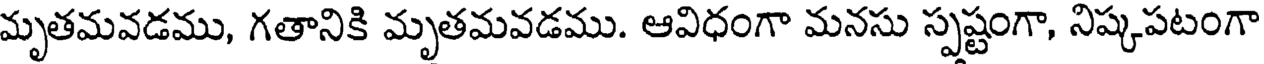
మృతమవడము, గతానికి మృతమవడము. ఆవిధంగా మనసు స్పష్టంగా, నిష్కపటంగా